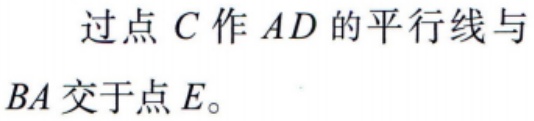
过点 \(C\) 作 \(AD\) 的平行线与 \(BA\) 交于点 \(E\)。